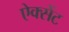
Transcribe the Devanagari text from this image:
ऐक्सेंट